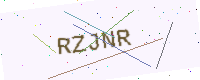
Text: RZJNR